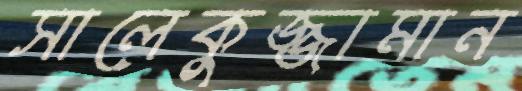
সালেকুজ্জামান